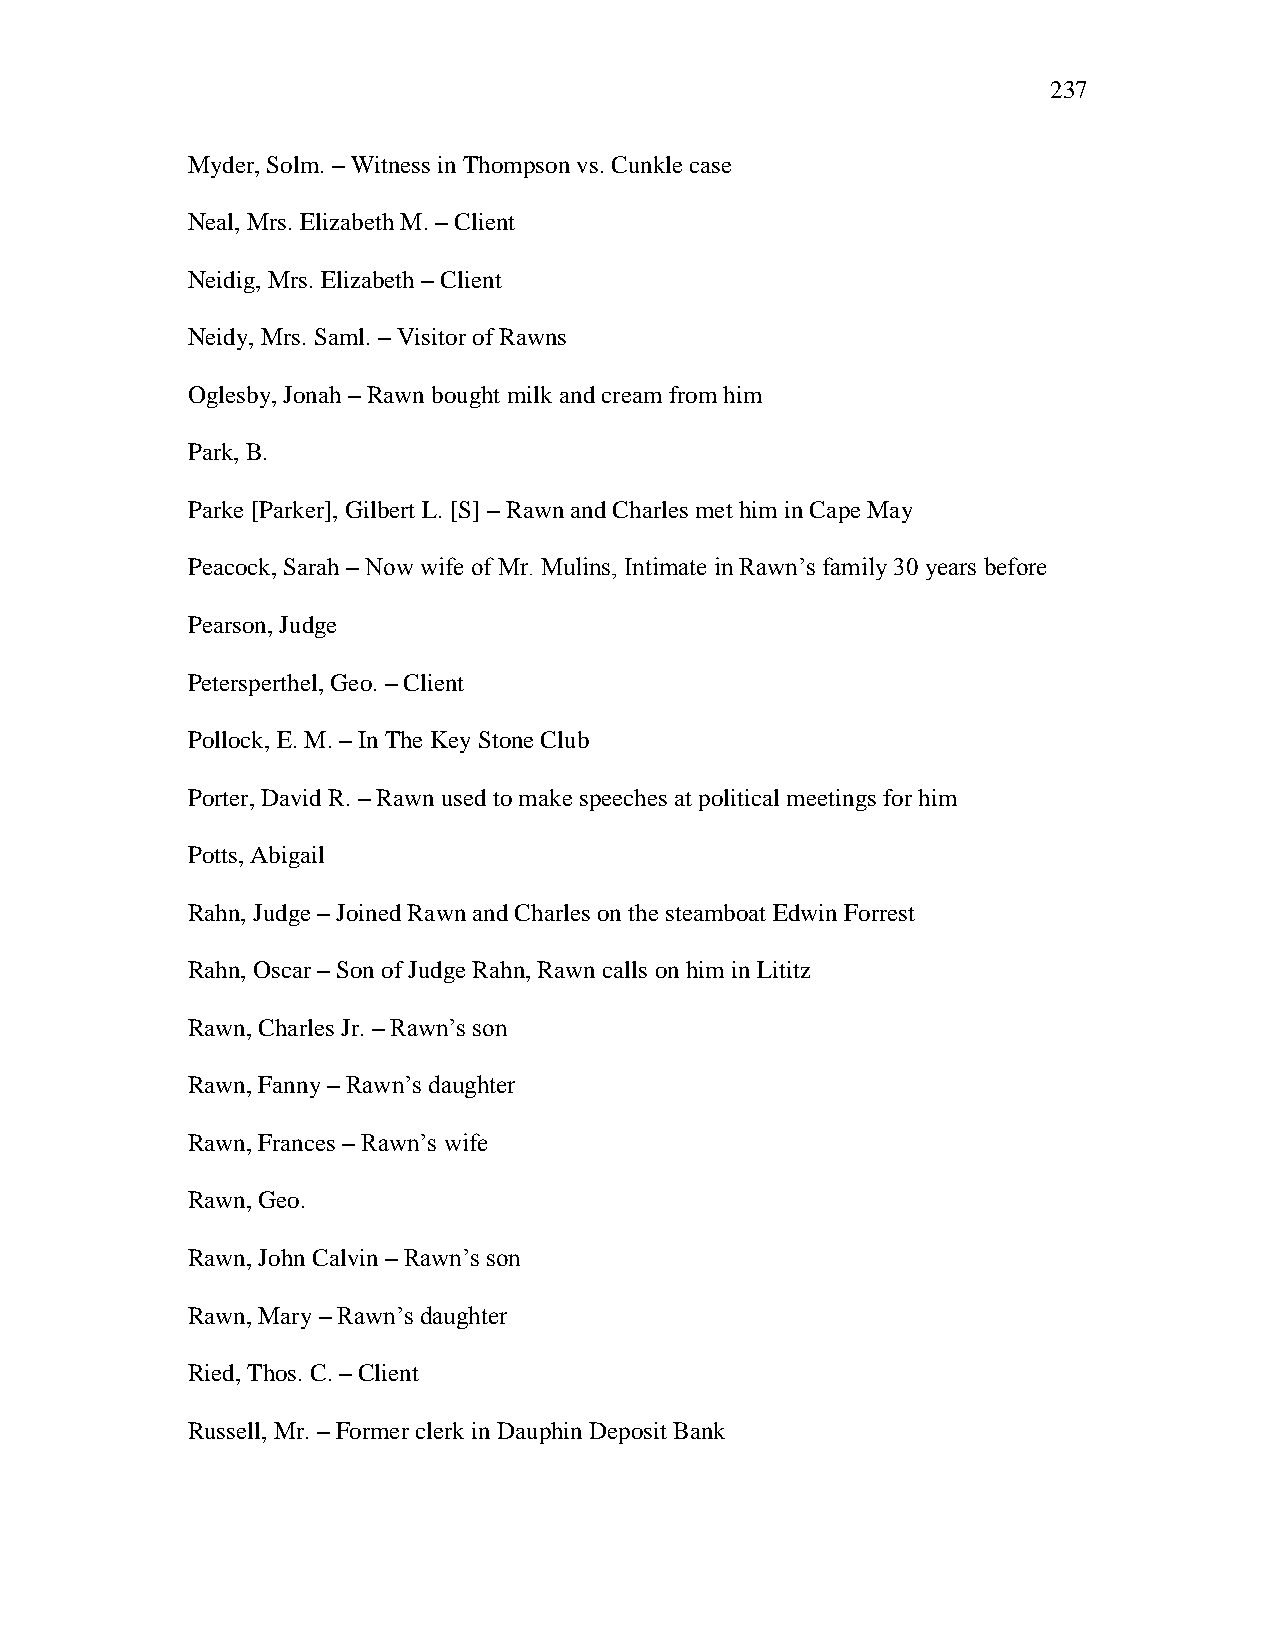
237
 Myder, Solm. – Witness in Thompson vs. Cunkle case
 Neal, Mrs. Elizabeth M. – Client
 Neidig, Mrs. Elizabeth – Client
 Neidy, Mrs. Saml. – Visitor of Rawns
 Oglesby, Jonah – Rawn bought milk and cream from him
 Park, B.
 Parke [Parker], Gilbert L. [S] – Rawn and Charles met him in Cape May
 Peacock, Sarah – Now wife of Mr. Mulins, Intimate in Rawn‘s family 30 years before
 Pearson, Judge
 Petersperthel, Geo. – Client
 Pollock, E. M. – In The Key Stone Club
 Porter, David R. – Rawn used to make speeches at political meetings for him
 Potts, Abigail
 Rahn, Judge – Joined Rawn and Charles on the steamboat Edwin Forrest
 Rahn, Oscar – Son of Judge Rahn, Rawn calls on him in Lititz
 Rawn, Charles Jr. – Rawn‘s son
 Rawn, Fanny – Rawn‘s daughter
 Rawn, Frances – Rawn‘s wife
 Rawn, Geo.
 Rawn, John Calvin – Rawn‘s son
 Rawn, Mary – Rawn‘s daughter
 Ried, Thos. C. – Client
 Russell, Mr. – Former clerk in Dauphin Deposit Bank